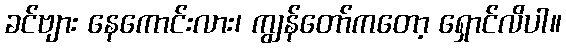
ခင်ဗျား နေကောင်းလား၊ ကျွန်တော်ကတော့ ရှောင်လိပါ။